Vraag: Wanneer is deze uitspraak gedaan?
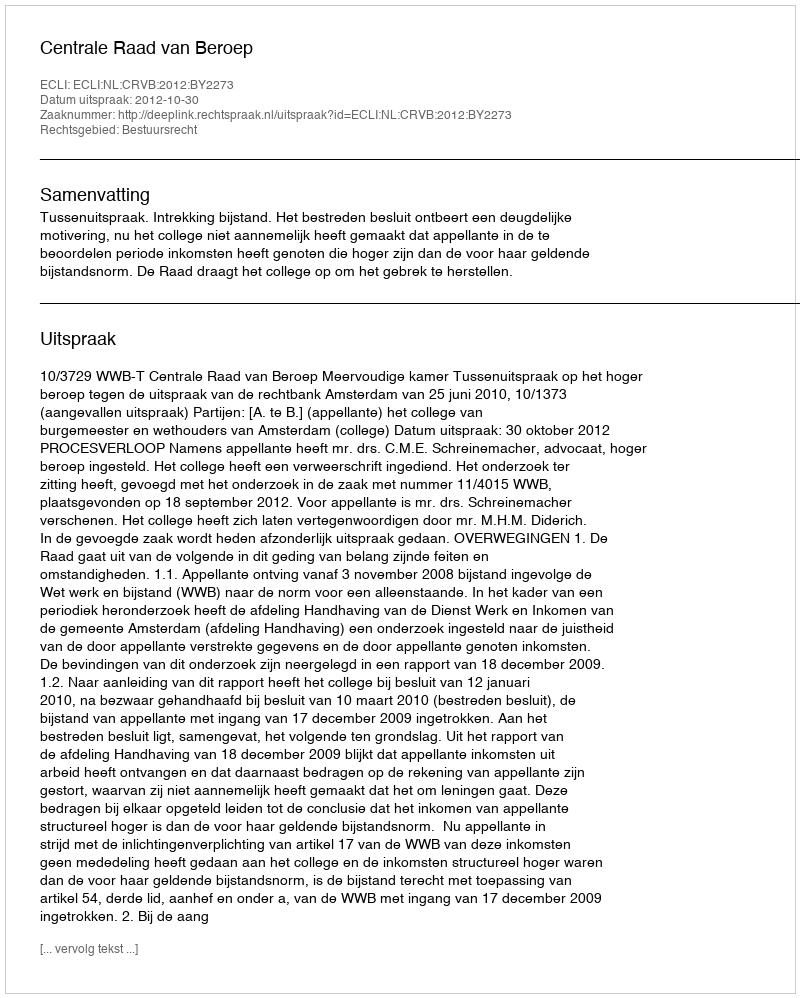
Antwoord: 2012-10-30